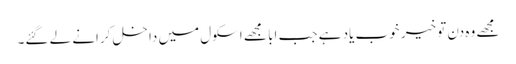
مجھے وہ دن تو خیر خوب یاد ہے جب ابا مجھے اسکول میں داخل کرانے لے گئے۔